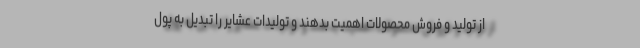
از تولید و فروش محصولات اهمیت بدهند و تولیدات عشایر را تبدیل به پول